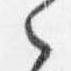
之